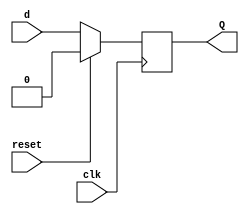

`timescale 1ns / 1ps

module D_flipflop(
    input clk, reset, d,
    output reg Q
    );
    
    always@(posedge clk)
          begin
            if({reset})
            Q<= 1'b0;
            else 
            Q <= d;
            end

endmodule

module SR_flipflop(
    input clk,reset,S,R, 
    output reg Q);
    
    always@(posedge clk)
          begin
            if(reset)
            Q <= 1'b0;
            else
                begin
                case({S,R})
                2'b00:Q<=Q;
                2'b01:Q<=1'b0;
                2'b10:Q<=1'b1;
                default: Q<= 2'bxx;
                endcase
                end          
         end

endmodule


module T_flipflop(
    input t,clk,reset,
    output reg Q
    );
    always@(posedge clk)
          begin
            if(reset)
               Q <= 1'b0;
            else
                begin
                   if(t)
                    Q<= ~Q;
                   else
                    Q<= Q;                     
                end
          end
endmodule

module jk_flip_flop (
    input J, K, clk, reset,
    output Q_sr, Q_d, Q_t
    );
    wire w1, w2, w3, w4, w5, w6, w7, w8;
    
    assign w1= J & (~Q_sr);
    assign w2= K & Q_sr;
    SR_flipflop SR(clk, reset, w1, w2, Q_sr);
    
    assign w3= J & (~Q_d);
    assign w4= (~K) & Q_d;
    assign w5= w3 | w4;
    D_flipflop D(w5, clk, reset, Q_d);
    
    assign w6= J & (~Q_t);
    assign w7= K & Q_t;
    assign w8= w6 | w7;
    T_flipflop T(w8, clk, reset, Q_t);
    
endmodule